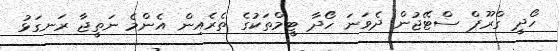
ހޯދީ ގްރޫޕް ސްޓޭޖުން ދެވަނަ ހޯދާ ޓީމްތަކުގެ ތެރެއިން އެންމެ ނަތީޖާ ރަނގަޅު